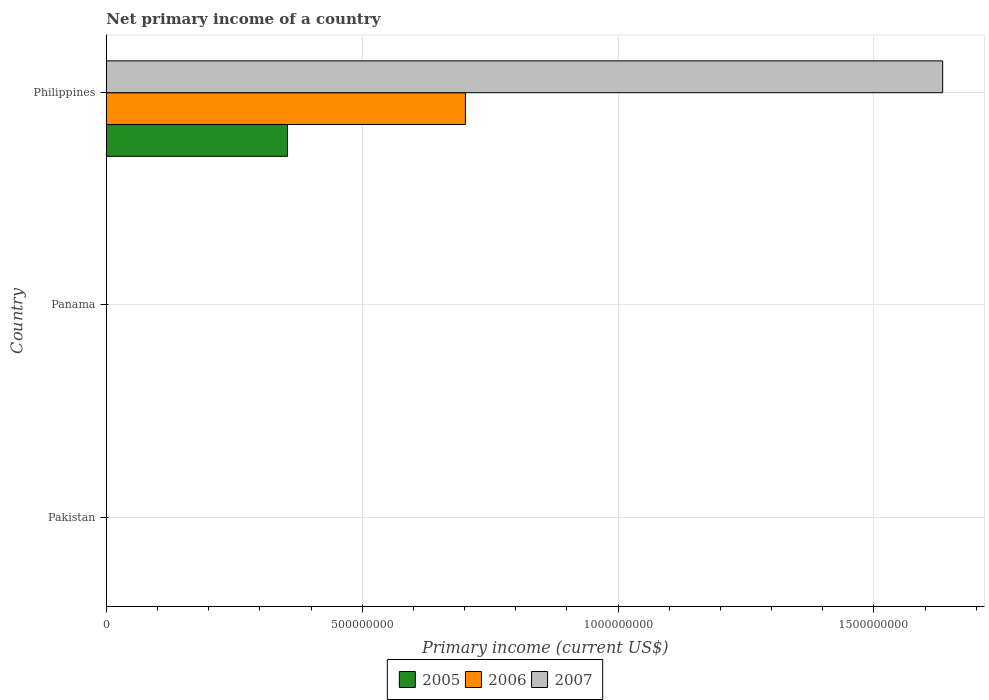
| Country | 2005 | 2006 | 2007 |
 | --- | --- | --- | --- |
 | Pakistan | -2.52e+09 | -3.13e+09 | -3.74e+09 |
 | Panama | -1.13e+09 | -1.26e+09 | -1.31e+09 |
 | Philippines | 3.54e+08 | 7.02e+08 | 1.63e+09 |